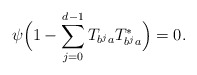
\begin{align*}\psi\Big(1-\sum_{j=0}^{d-1}T_{b^ja}T_{b^ja}^*\Big)=0.\end{align*}